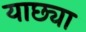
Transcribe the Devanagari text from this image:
याछ्या